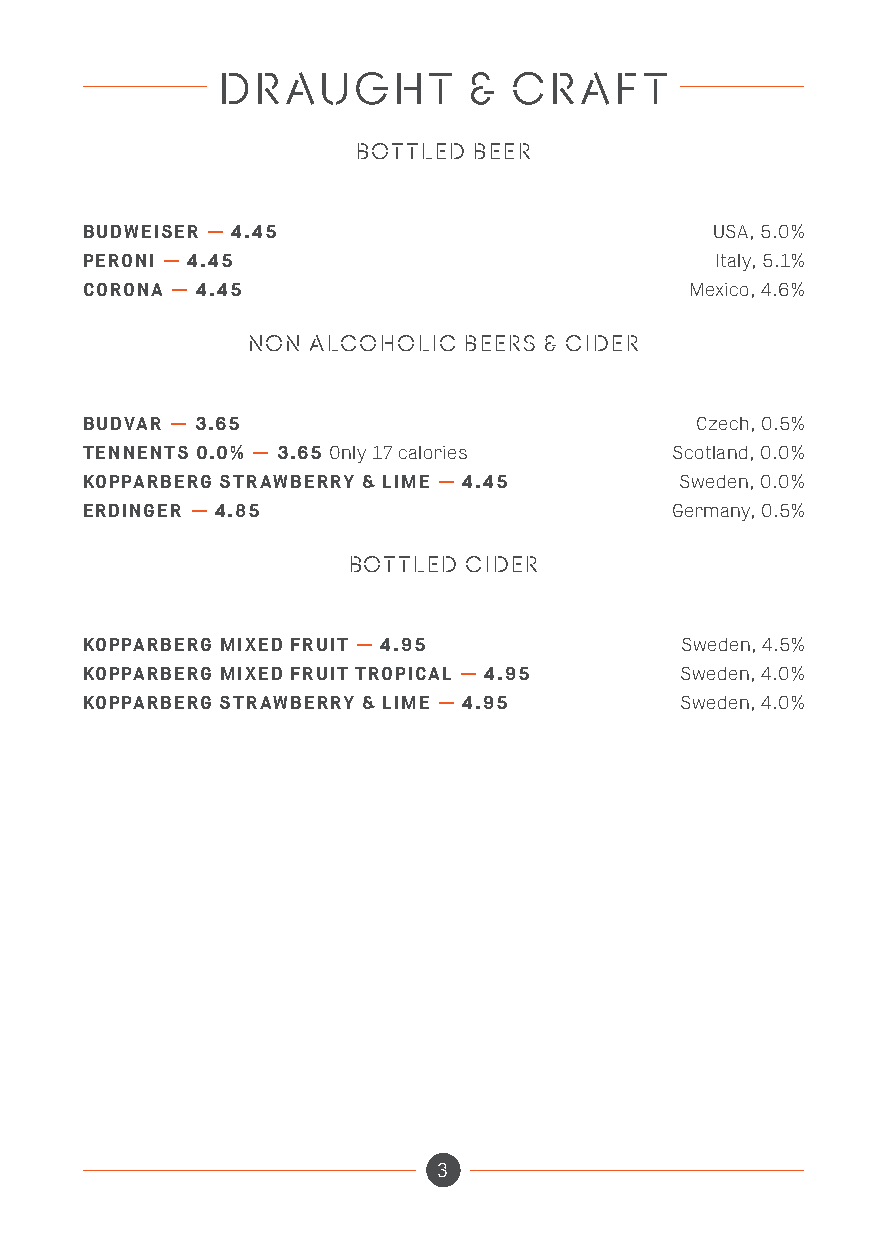
DRAUGHT          &  CRAFT
 BOTTLED BEER
 BUDWEISER — 4.45                          USA, 5.0%
 PERONI — 4.45                             Italy, 5.1%
 CORONA — 4.45                            Mexico, 4.6%
 NON ALCOHOLIC  BEERS & CIDER
 BUDVAR — 3.65                            Czech, 0.5%
 TENNENTS 0.0% — 3.65 Only 17 calories  Scotland, 0.0%
 KOPPARBERG STRAWBERRY & LIME — 4.45     Sweden, 0.0%
 ERDINGER — 4.85                        Germany, 0.5%
 BOTTLED CIDER
 KOPPARBERG MIXED FRUIT — 4.95           Sweden, 4.5%
 KOPPARBERG MIXED FRUIT TROPICAL — 4.95  Sweden, 4.0%
 KOPPARBERG STRAWBERRY & LIME — 4.95     Sweden, 4.0%
 3